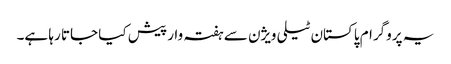
یہ پروگرام پاکستان ٹیلی ویژن سے ہفتہ وار پیش کیا جاتا رہا ہے۔